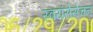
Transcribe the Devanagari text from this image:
स्वयंसेसेचन